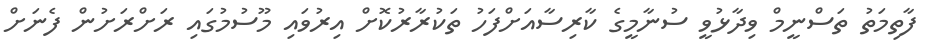
ފާތިމަތު ތަސްނީމް ވިދާޅުވީ ސުނާމީގެ ކާރިސާއަށްފަހު ތަކުރާރުކޮށް އިރުވައި މޫސުމުގައި ރަށްރަށުން ފެނަށް